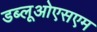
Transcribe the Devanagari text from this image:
डब्लूओएसएम